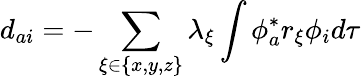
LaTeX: d_{ai}=-\sum_{\xi\in\{ x,y,z\} }\lambda_{\xi}\int\phi_{a}^{*}r_{\xi}\phi_{i}d\tau